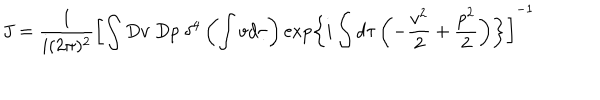
LaTeX: J = \frac { 1 } { i ( 2 \pi ) ^ { 2 } } \left[ \int D v \; D p \; \delta ^ { 4 } \left( \int v d \tau \right) \exp \left\{ i \int d \tau \left( - \frac { v ^ { 2 } } { 2 } + \frac { p ^ { 2 } } { 2 } \right) \right\} \right] ^ { - 1 }